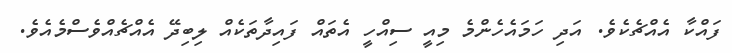
ފައްކާ އެއްޗެކެވެ. އަދި ހަމައެހެންމެ މިއީ ސިއްހީ އެތައް ފައިދާތަކެއް ލިބިދޭ އެއްޗެއްވެސްމެއެވެ.